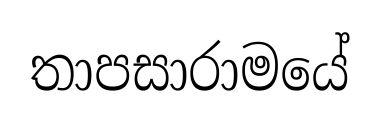
තාපසාරාමයේ